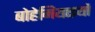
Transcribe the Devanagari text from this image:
बोहेमियाइयों